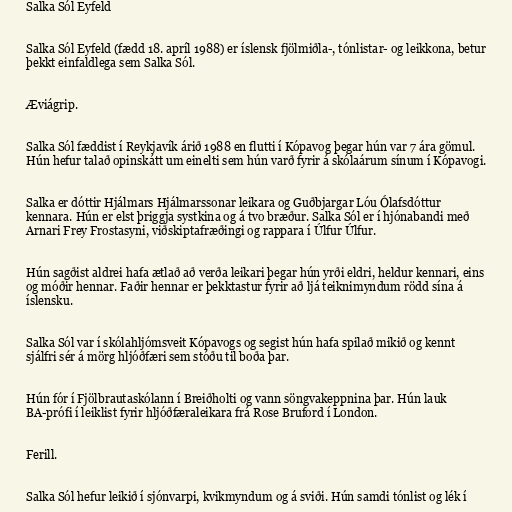
Salka Sól Eyfeld

Salka Sól Eyfeld (fædd 18. apríl 1988) er íslensk fjölmiðla-, tónlistar- og leikkona, betur
þekkt einfaldlega sem Salka Sól.

Æviágrip.

Salka Sól fæddist í Reykjavík árið 1988 en flutti í Kópavog þegar hún var 7 ára gömul.
Hún hefur talað opinskátt um einelti sem hún varð fyrir á skólaárum sínum í Kópavogi.

Salka er dóttir Hjálmars Hjálmarssonar leikara og Guðbjargar Lóu Ólafsdóttur
kennara. Hún er elst þriggja systkina og á tvo bræður. Salka Sól er í hjónabandi með
Arnari Frey Frostasyni, viðskiptafræðingi og rappara í Úlfur Úlfur.

Hún sagðist aldrei hafa ætlað að verða leikari þegar hún yrði eldri, heldur kennari, eins
og móðir hennar. Faðir hennar er þekktastur fyrir að ljá teiknimyndum rödd sína á
íslensku.

Salka Sól var í skólahljómsveit Kópavogs og segist hún hafa spilað mikið og kennt
sjálfri sér á mörg hljóðfæri sem stóðu til boða þar.

Hún fór í Fjölbrautaskólann í Breiðholti og vann söngvakeppnina þar. Hún lauk
BA-prófi í leik­list fyr­ir hljóðfæra­leik­ara frá Rose Bru­ford í London.

Ferill.

Salka Sól hefur leikið í sjónvarpi, kvikmyndum og á sviði. Hún samdi tónlist og lék í